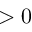
> 0